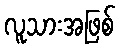
လူသားအဖြစ်